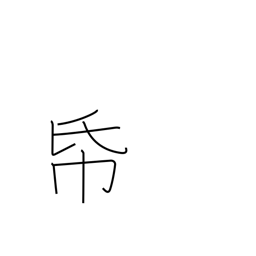
Meaning: stationary